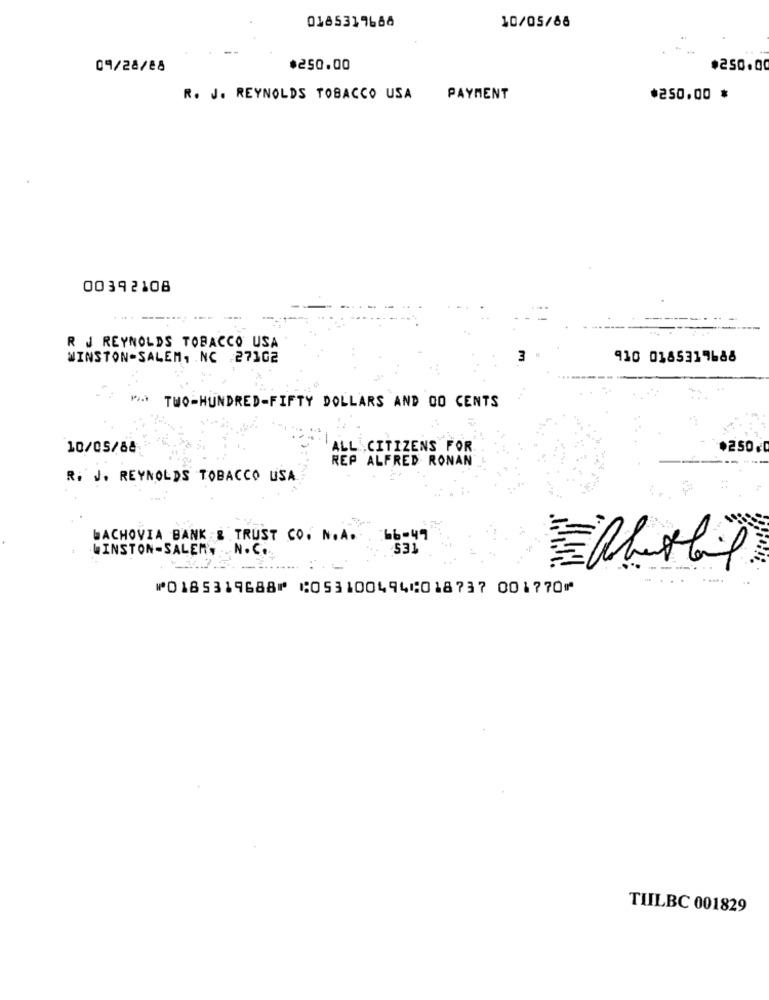
0185319688
10/05/88
09/28/88
$250.00
.250.0
R. J. REYNOLDS TOBACCO USA
PAYMENT
*250.00 *
00392108
R J REYNOLDS TOBACCO USA
WINSTON-SALEM, NC 27302
910 0185317688
TWO-HUNDRED-FIFTY DOLLARS AND DO CENTS
10/05/84
ALL CITIZENS FOR
+250
REP ALFRED RONAN
R. J. REYNOLDS TOBACCO USA
WACHOVIA BANK & TRUST CO. N.A.
:66-49
WINSTON-SALEM ,. N.C.
531
⑈0185319688⑈ ⑆053100494⑆018737 001770⑈
TILBC 001829